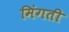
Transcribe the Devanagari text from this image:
मिंगती